Leaving Certificate, 1898
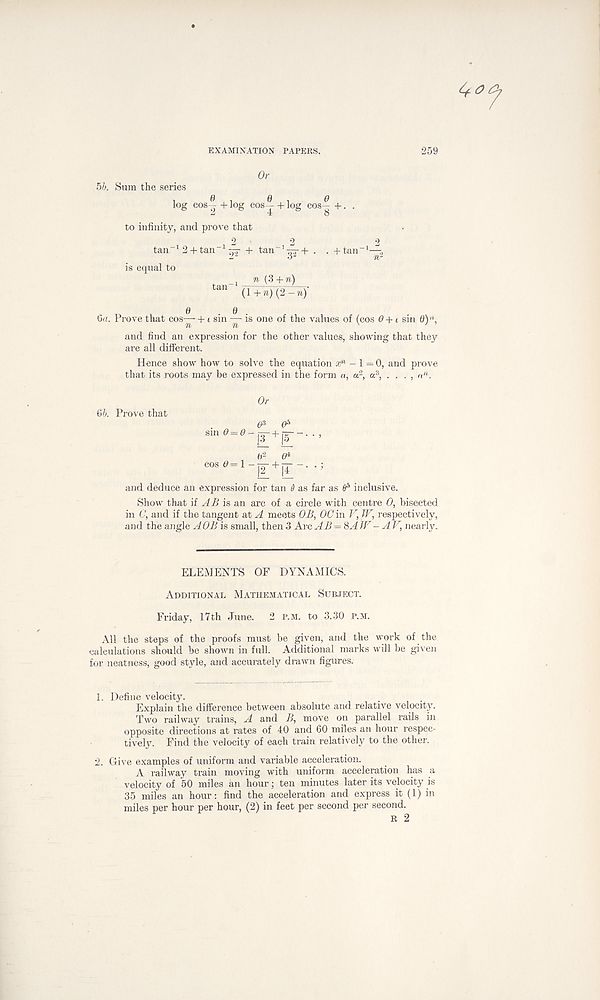
EXAMINATION PAPERS.
259
Or
5b. Sum the series
.
6 .
0,0
log cos— + log cos— + log cos— + . .
to infinity, and prove that
2
2
:
tan - " 1 2 + tan~J + tan“’gj+ . . +tan _1 —
is equal to
n {3 + n)
tm~ ri+*)(2-»y
6d. Prove that cos— +1 sin — is one of the values of (cos 6+1 sin 0)' 1 ,
and find an expression for the other values, showing that they
are all different.
Hence show how to solve the equation x n -1=0, and prove
that its roots may be expressed in the form a, a 2 , a 3 , , a 11 .
6b. Prove that
sin 0 = 0
Or
e 3 0 s
“E + E
and deduce an expression for tan 6 as far as 0 s inclusive.
Show that if A B is an arc of a circle with centre 0, bisected
in C, and if the tangent at A meets OB, OC in V, IV, respectively,
and the angle A OB is small, then 3 Arc AB = 8AJV - AV, nearly.
ELEMENTS OF DYNAMICS.
Additional Mathematical Subject.
Friday, 17th June. 2 p.m. to 3.30 p.m.
All the steps of the proofs must be given, and the work of the
calculations should be shown in full. Additional marks will be given
for neatness, good style, and accurately drawn figures.
1. Define velocity.
Explain the difference between absolute and relative velocity.
Two railway trains, A and B, move on parallel rails in
opposite directions at rates of 40 and 60 miles an hour respec-
tively. Find the velocity of each train relatively to the other.
2. Give examples of uniform and variable acceleration.
A railway train moving with uniform acceleration has a
velocity of 50 miles an hour; ten minutes later its velocity is
35 miles an hour: find the acceleration and express it (1) in
miles per hour per hour, (2) in feet per second per second.
R 2